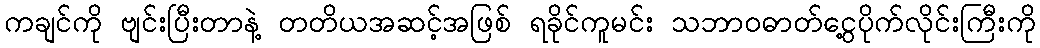
ကချင်ကို ဗျင်းပြီးတာနဲ့ တတိယအဆင့်အဖြစ် ရခိုင်ကူမင်း သဘာဝဓာတ်ငွေ့ပိုက်လိုင်းကြီးကို